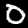
Digit: 0